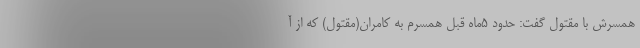
همسرش با مقتول گفت: حدود 5‌ماه قبل همسرم به کامران(مقتول) که از آ